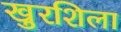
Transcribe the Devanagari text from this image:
खुरशिला